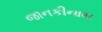
જાનકીનાથ